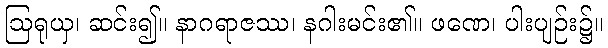
ဩရုယှ၊ ဆင်း၍။ နာဂရာဇဿ၊ နဂါးမင်း၏။ ဖဏေ၊ ပါးပျဉ်း၌။